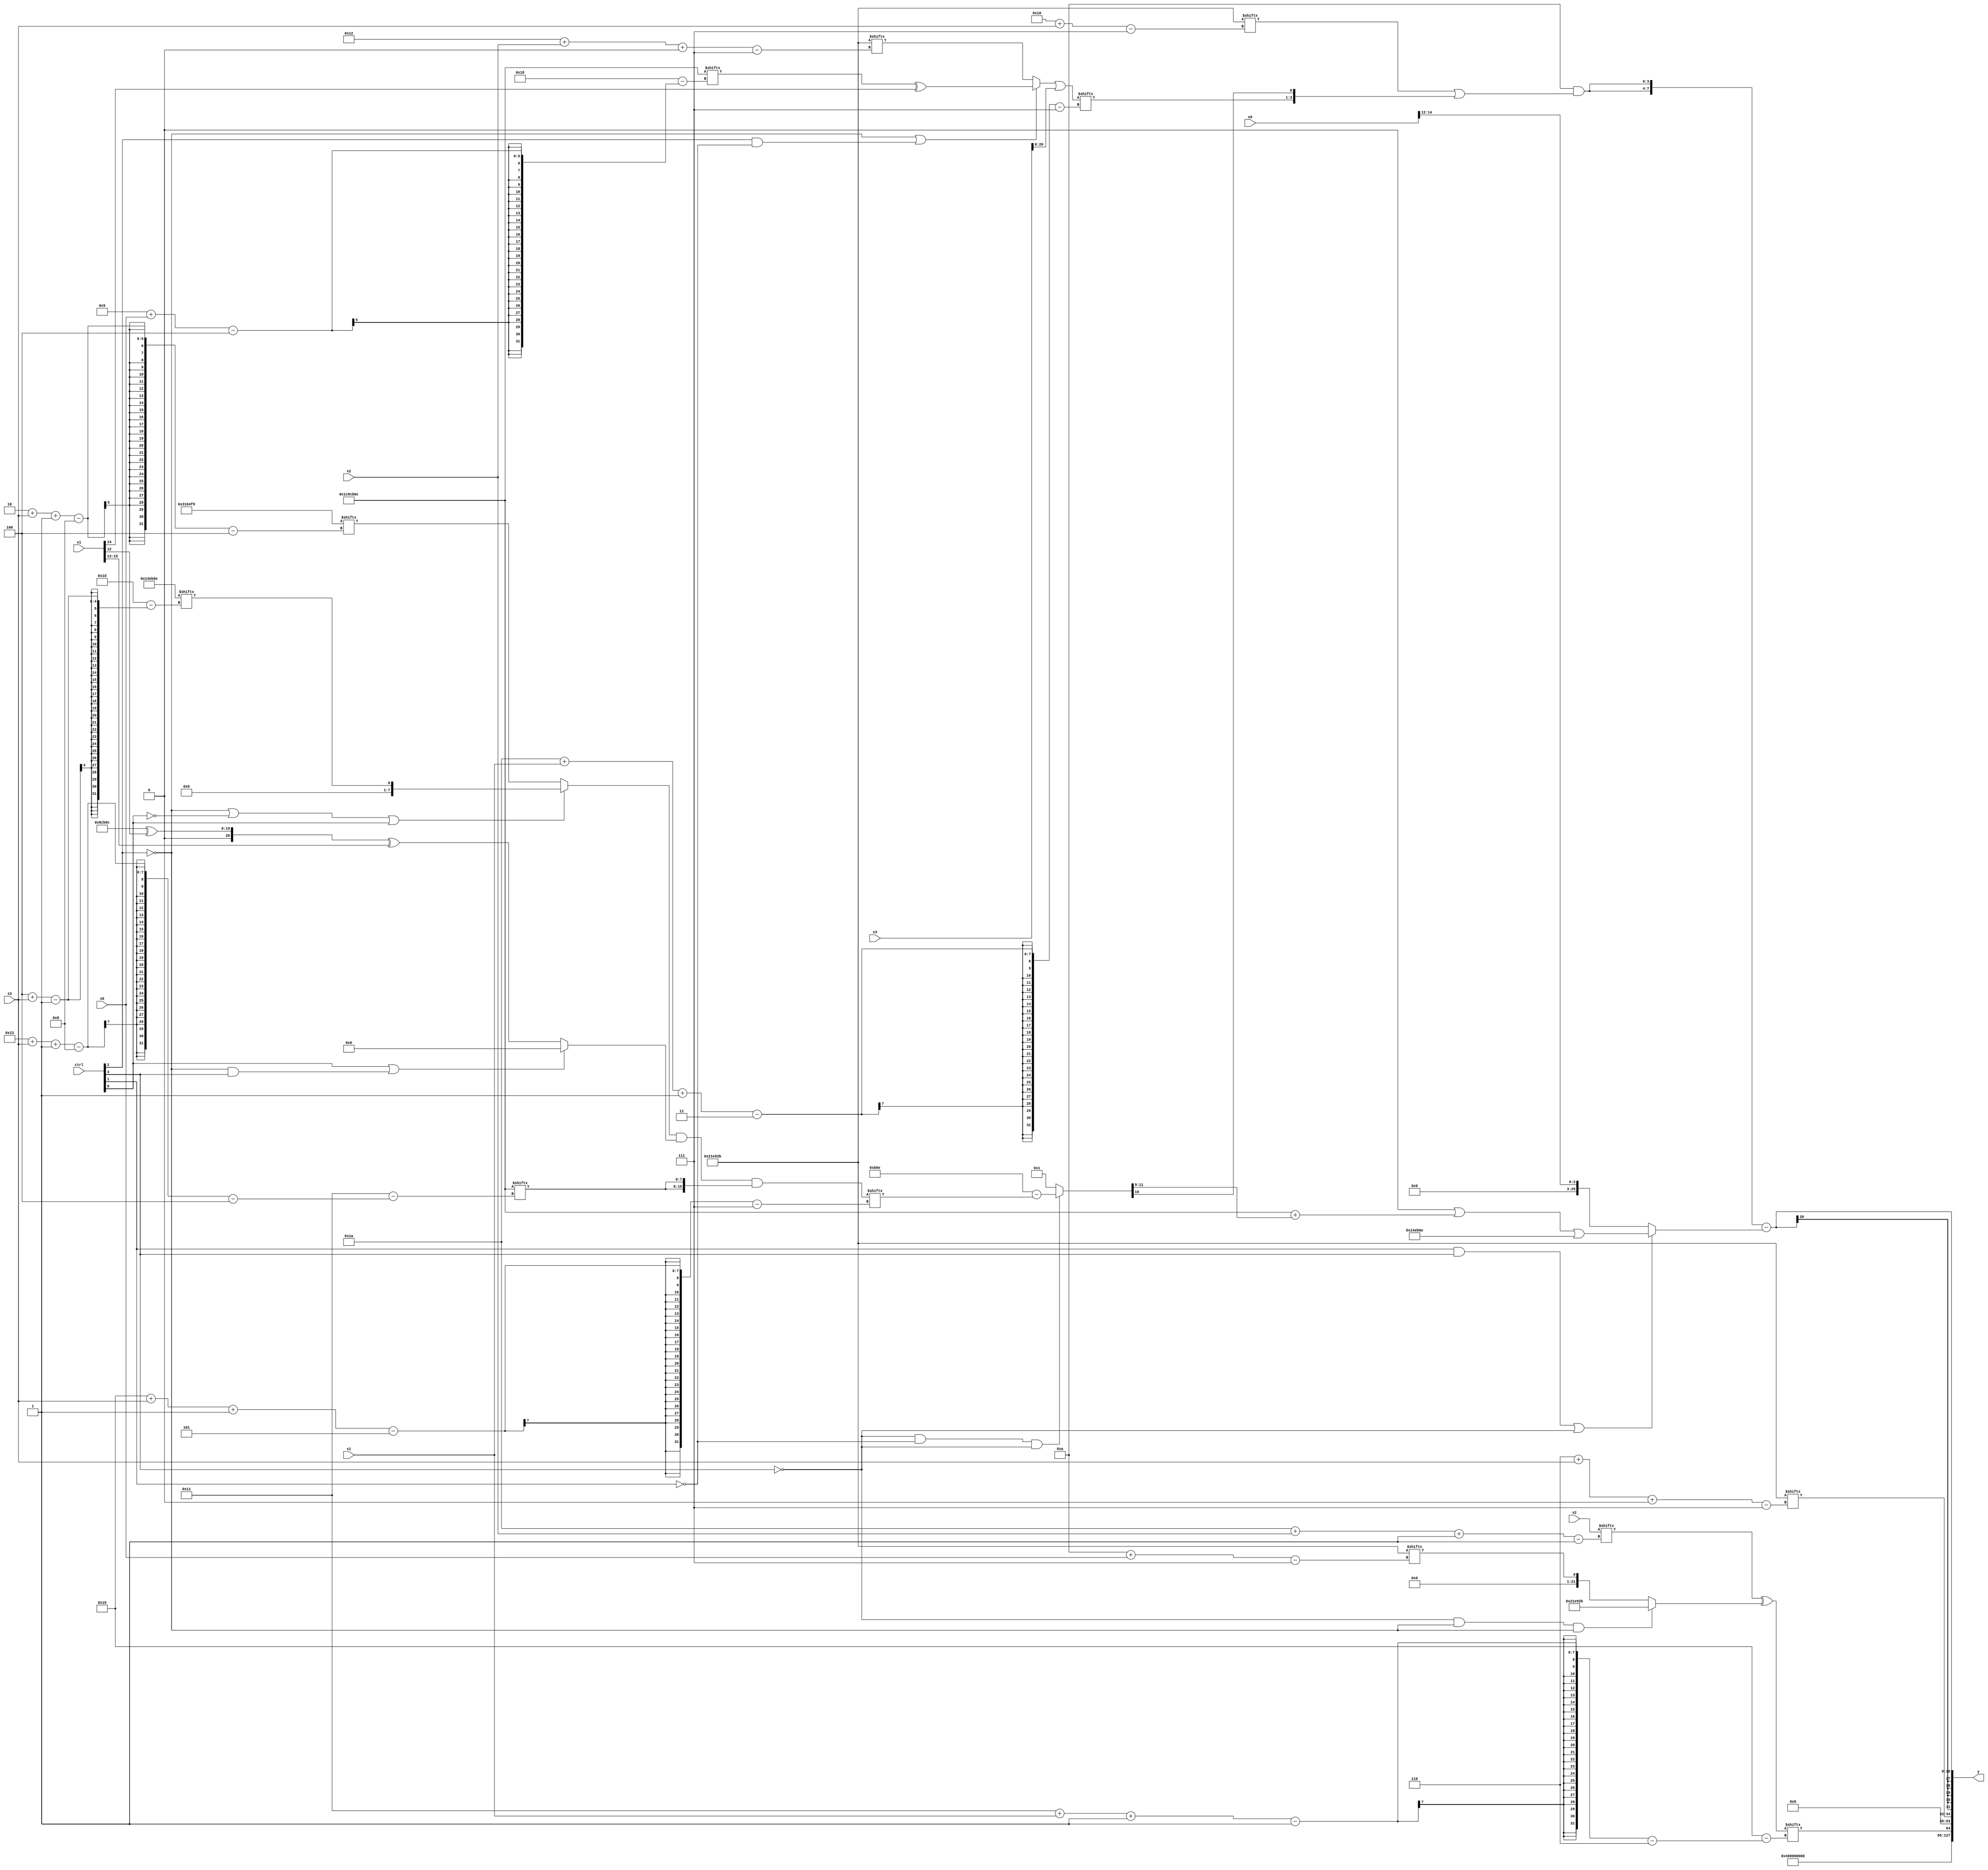
module partsel_00409(ctrl, s0, s1, s2, s3, x0, x1, x2, x3, y);
  input [3:0] ctrl;
  input [2:0] s0;
  input [2:0] s1;
  input [2:0] s2;
  input [2:0] s3;
  input signed [31:0] x0;
  input [31:0] x1;
  input signed [31:0] x2;
  input signed [31:0] x3;
  wire [4:30] x4;
  wire signed [27:7] x5;
  wire [27:7] x6;
  wire signed [6:27] x7;
  wire [26:0] x8;
  wire [31:5] x9;
  wire signed [27:2] x10;
  wire [26:0] x11;
  wire [31:0] x12;
  wire [30:3] x13;
  wire signed [25:3] x14;
  wire [5:28] x15;
  output [127:0] y;
  wire [31:0] y0;
  wire [31:0] y1;
  wire signed [31:0] y2;
  wire signed [31:0] y3;
  assign y = {y0,y1,y2,y3};
  localparam [1:30] p0 = 1370990;
  localparam signed [4:28] p1 = 466144012;
  localparam [26:4] p2 = 380699897;
  localparam signed [29:7] p3 = 631367979;
  assign x4 = p0[8 + s1];
  assign x5 = {2{(!ctrl[2] || ctrl[2] || !ctrl[1] ? {p3[30 + s3 -: 2], ((!ctrl[2] || ctrl[2] && !ctrl[1] ? (p1[9 + s0] ^ x1[14]) : p3[18 + s2 +: 1]) | x3)} : {2{(x3[7 + s0] ^ p0)}})}};
  assign x6 = {2{{2{(((!ctrl[2] || !ctrl[0] || ctrl[0] ? p0[4 + s3] : p2[2 + s3 -: 8]) & (ctrl[0] || !ctrl[2] && ctrl[3] ? p1[21 -: 4] : ((p1 ^ x1[12]) ^ x1[13 +: 3]))) & {2{p1[19 + s3 -: 8]}})}}}};
  assign x7 = (x2[26 + s2 -: 1] ^ {p1, {p2, {(p3[20 -: 1] + (x3 | p0)), (!ctrl[3] && !ctrl[2] && !ctrl[2] ? p3 : p3[10 + s0])}}});
  assign x8 = (!ctrl[0] || !ctrl[2] && ctrl[0] ? (!ctrl[1] && !ctrl[0] || ctrl[0] ? {(!ctrl[2] && !ctrl[0] || ctrl[3] ? (!ctrl[3] && ctrl[3] || ctrl[3] ? p0[23 -: 3] : x5) : (ctrl[3] || !ctrl[2] && !ctrl[1] ? p0[10 +: 4] : p1[10 + s3])), x5[9 + s1]} : (p1[23 + s1 +: 4] & {((p1 | x5) + (p0[12] ^ (x0[6 + s1] + p2[16 +: 2]))), (!ctrl[2] && !ctrl[1] || ctrl[0] ? p2[15 + s2 -: 7] : p0[10 +: 1])})) : (p1[19] ^ ((ctrl[0] || !ctrl[0] || ctrl[3] ? x7 : x5[16 -: 2]) ^ ((p1 ^ p1[30 + s1 +: 6]) - {x7[11 + s0], ((p1[18 + s2] | p2) & x4)}))));
  assign x9 = p1[14 +: 2];
  assign x10 = p2[7 + s0 +: 1];
  assign x11 = (!ctrl[3] && !ctrl[1] && !ctrl[3] ? {2{(p0 - x6[21 + s3 -: 5])}} : p3[23]);
  assign x12 = {{2{p3[22 + s1 +: 3]}}, x5[17 -: 1]};
  assign x13 = (({2{(ctrl[3] || !ctrl[1] || !ctrl[1] ? {2{x7}} : p3)}} & (!ctrl[3] && !ctrl[3] && ctrl[1] ? {2{{x5[22 + s0 -: 6], (x4[10 + s2] | x12[15 +: 1])}}} : {2{(p3[25 + s2 +: 6] | x0[10 +: 4])}})) + (p0 & {((!ctrl[0] || !ctrl[2] || ctrl[2] ? p3[23] : (p3[17 +: 4] + p3[22])) - x1[18 -: 2]), {((x4 ^ p2[12 + s0]) + p1[19 + s1 +: 6]), x10[3 + s1 +: 6]}}));
  assign x14 = (p2[3 + s3 -: 3] - (x12[8 + s2] & x5[15 + s3 +: 8]));
  assign x15 = {2{x14[2 + s2 -: 7]}};
  assign y0 = p2[20 -: 4];
  assign y1 = x7[17 + s1 -: 1];
  assign y2 = p3[6 + s3 +: 3];
  assign y3 = ({2{(p3[20 -: 4] & (p3[16 + s3] | {x5[26 + s1 -: 3], x11[10 +: 1]}))}} - (ctrl[1] && ctrl[3] || !ctrl[3] ? ((x9[14 +: 1] | (p1 + x11[9 +: 3])) | p0) : x0[12 +: 3]));
endmodule